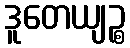
ဒူတေယျဉ္စ